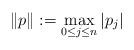
LaTeX: \begin{align*}\|p\| := \max_{0 \leq j \leq n} |p_j|\end{align*}